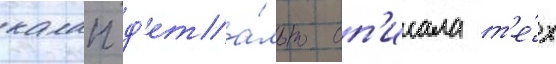
калап д'ета́льно оп'исала т'е́х